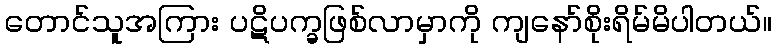
တောင်သူအကြား ပဋိပက္ခဖြစ်လာမှာကို ကျနော်စိုးရိမ်မိပါတယ်။